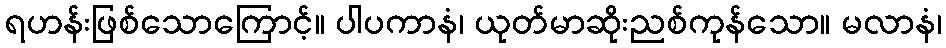
ရဟန်းဖြစ်သောကြောင့်။ ပါပကာနံ၊ ယုတ်မာဆိုးညစ်ကုန်သော။ မလာနံ၊